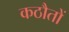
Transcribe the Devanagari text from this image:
कठौतों